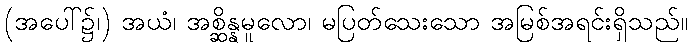
(အပေါ်၌၊) အယံ၊ အစ္ဆိန္နမူလော၊ မပြတ်သေးသော အမြစ်အရင်းရှိသည်။